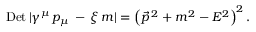
\mathrm { D e t \, } | \gamma ^ { \mu } \, p _ { \mu } \, - \, \xi \, m | = \left( { \vec { p } } ^ { \, 2 } + m ^ { 2 } - E ^ { 2 } \right) ^ { 2 } .